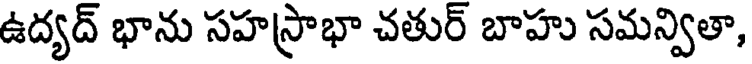
ఉద్యద్ భాను సహస్రాభా చతుర్ బాహు సమన్వితా,